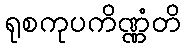
ရုစကုပကိဏ္ဏံတိ